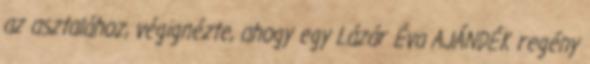
az asztalához, végignézte, ahogy egy Lázár Éva AJÁNDÉK regény